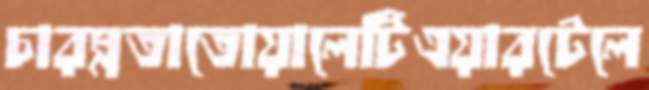
চারম্নতাতোয়ালেটিএয়ারটেলে